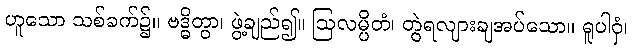
ဟူသော သစ်ခက်၌။ ဗဒ္ဓိတွာ၊ ဖွဲ့ချည်၍။ ဩလမ္ပိတံ၊ တွဲရလျားချအပ်သော။ ရူပါဝှံ၊